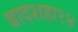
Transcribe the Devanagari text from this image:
बादशहा१४